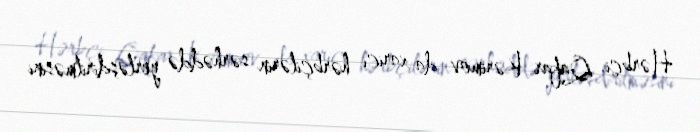
Hərbçi Qafar Kərimov da xarici hərbçilərin sərhəddə yerləşdirilməsini